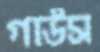
গাউস